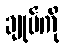
ချုပ်ကို